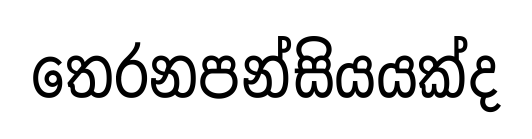
තෙරනපන්සියයක්ද